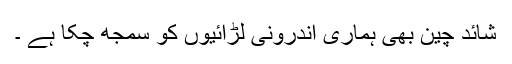
شائد چین بھی ہماری اندرونی لڑائیوں کو سمجھ چکا ہے ۔